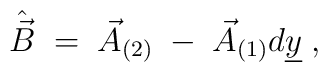
\hat{\vec{B}} \;=\; \vec{A}_{(2)}\;-\; \vec{A}_{(1)}d\underline{y}\; ,